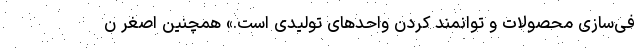
فی‌سازی محصولات و توانمند کردن واحدهای تولیدی است.» همچنین اصغر ن